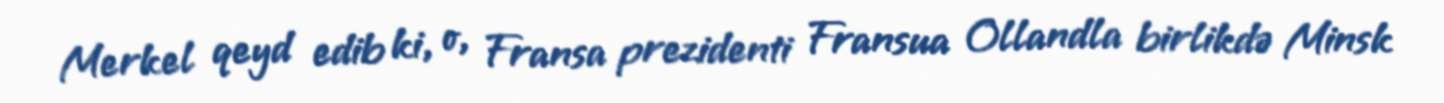
Merkel qeyd edib ki, o, Fransa prezidenti Fransua Ollandla birlikdə Minsk